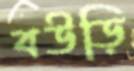
বউড়ি